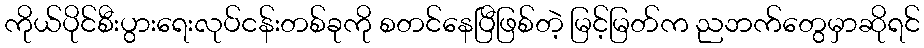
ကိုယ်ပိုင်စီးပွားရေးလုပ်ငန်းတစ်ခုကို စတင်နေပြီဖြစ်တဲ့ မြင့်မြတ်က ညဘက်တွေမှာဆိုရင်